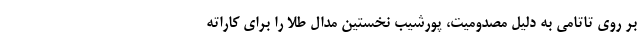
بر روی تاتامی به دلیل مصدومیت، پورشیب نخستین مدال طلا را برای کاراته